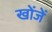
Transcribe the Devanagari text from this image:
खोंजें